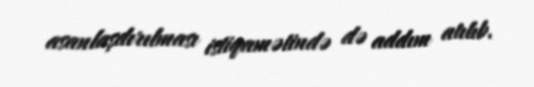
asanlaşdırılması istiqamətində də addım atılıb.